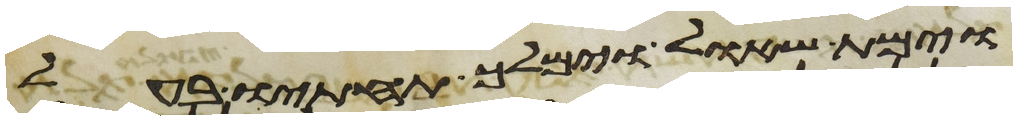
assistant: וימת שאול וימלך תחתיו בעל